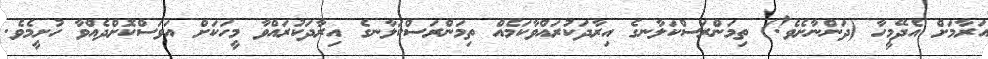
އަރާމަށް އެދޭމީހާ (ދަންނާށެވެ!) ތިމަންރަސްކަލާނގެ އިރާދަކުރައްވާކަމެއް ތިމަންރަސްކަލާނގެ އިރާދަކުރައްވާ މީހަކަށް އަވަސްކޮށްދެއްވާ ހުށީމެވެ.